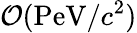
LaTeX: \mathcal{O}(\mathrm{PeV}/c^{2})